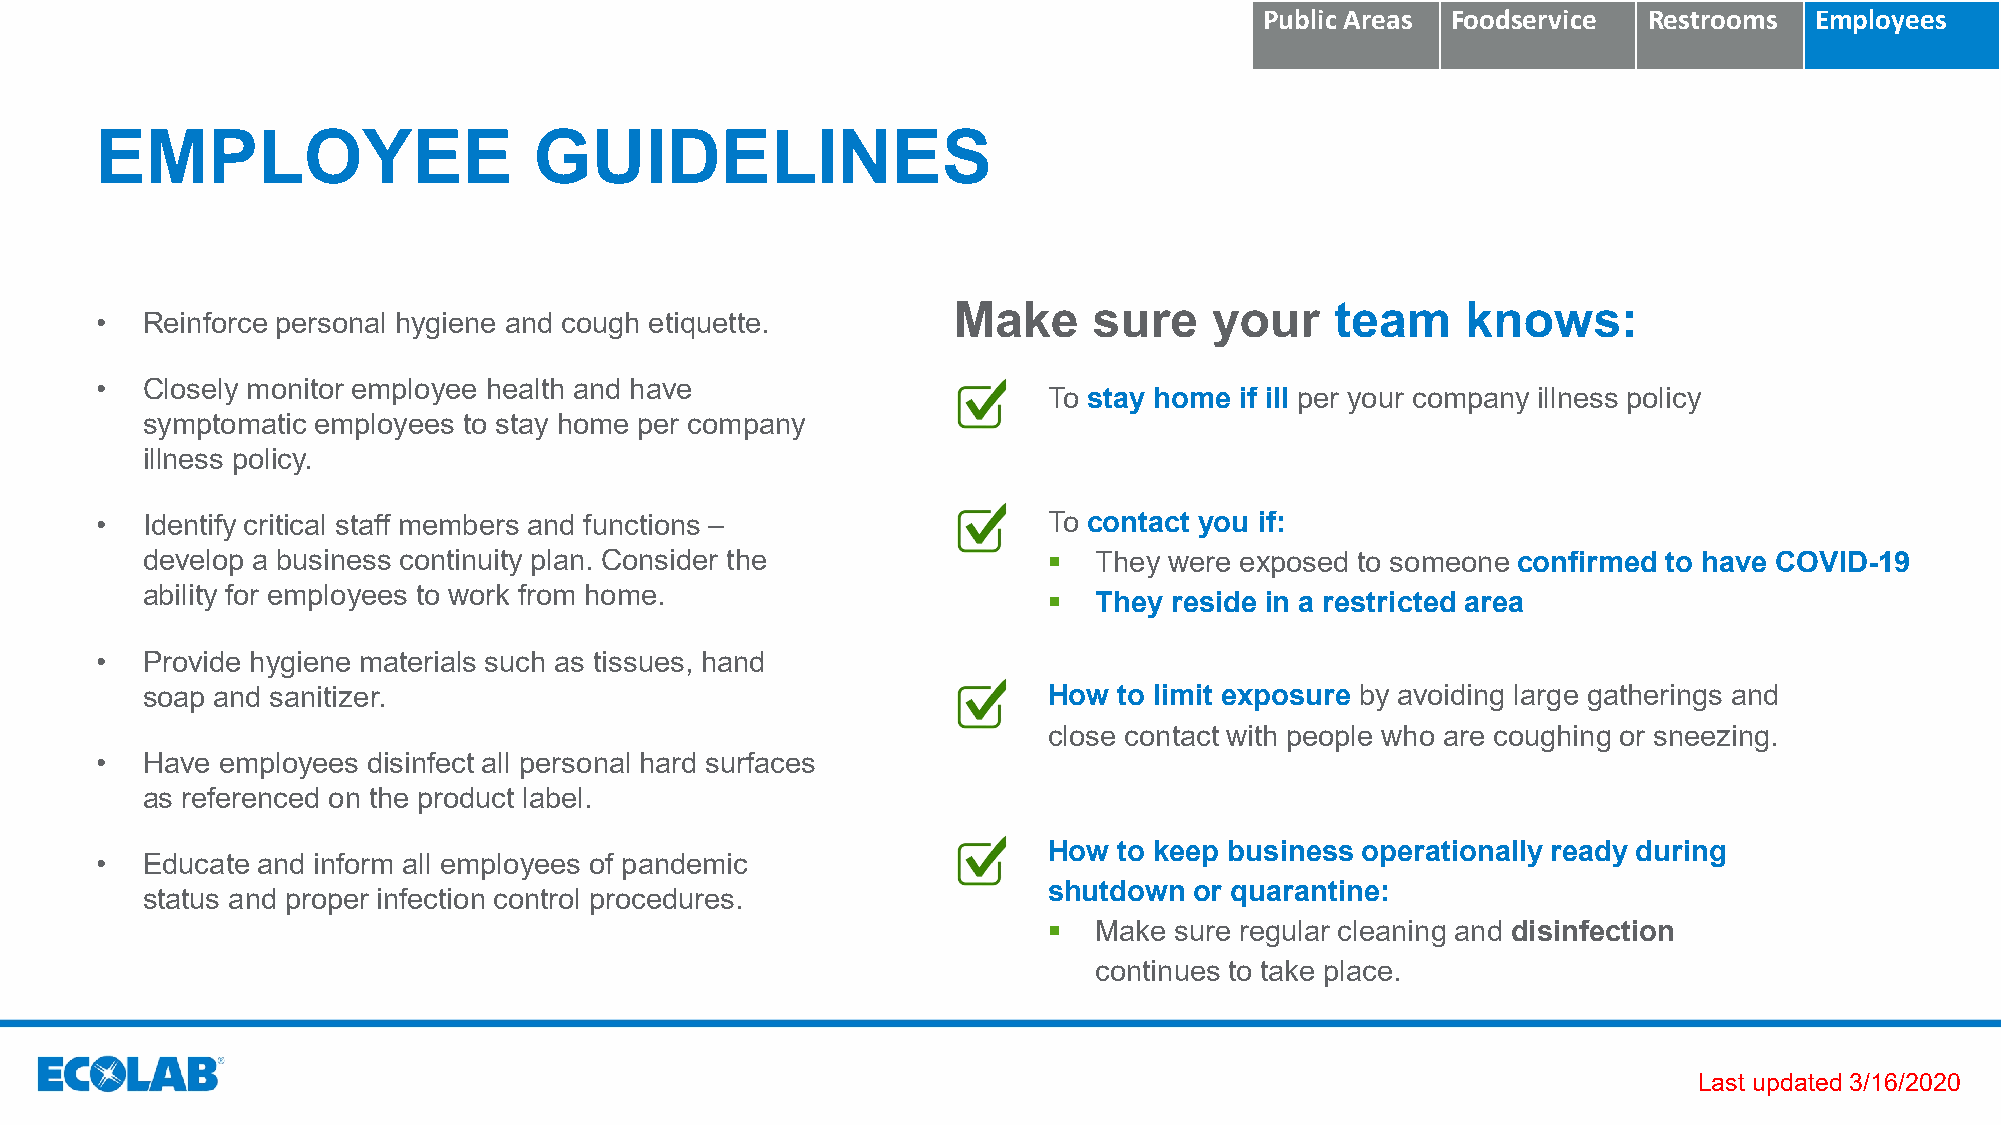
Public Areas Foodservice Restrooms  Employees
 EMPLOYEE                     GUIDELINES
 Make     sure    your    team     knows:
 •  Reinforce personal hygiene and cough etiquette.
 •  Closely monitor employee health and have
 To stay home if ill per your company illness policy
 symptomatic employees to stay home per company
 illness policy.
 •  Identify critical staff members and functions –             To contact you if:
 develop a business continuity plan. Consider the              They were exposed to someone confirmed to have COVID-19
 ability for employees to work from home.                      They  reside in a restricted area
 •  Provide hygiene materials such as tissues, hand
 soap and sanitizer.                                         How  to limit exposure by avoiding large gatherings and
 close contact with people who are coughing or sneezing.
 •  Have employees disinfect all personal hard surfaces
 as referenced on the product label.
 How  to keep business operationally ready during
 •  Educate and inform all employees of pandemic
 shutdown  or quarantine:
 status and proper infection control procedures.
   Make  sure regular cleaning and disinfection
 continues to take place.
 Last updated 3/16/2020